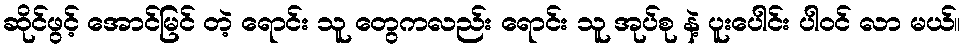
ဆိုင်ဖွင့် အောင်မြင် တဲ့ ရောင်း သူ တွေကလည်း ရောင်း သူ အုပ်စု နဲ့ ပူးပေါင်း ပါ၀င် လာ မယ်။